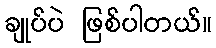
ချုပ်ပဲ ဖြစ်ပါတယ်။